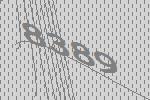
8389